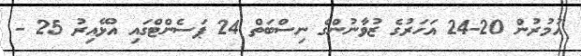
އުމުރުން 20-24 އަހަރުގެ ޒުވާނުންގެ ނިސްބަތް 24 ޕަސެންޓްގައި އުޅޭއިރު 25 -